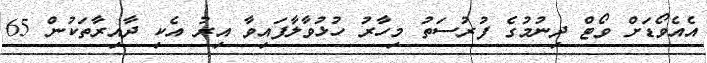
އެއެވޯޑަށް ވޯޓް ދިނުމުގެ ފުރުސަތު މިހާރު ހުޅުވާލާފައިވާ އިރު އެކި ދާއިރާތަކުން 65